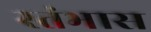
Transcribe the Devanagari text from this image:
स्तंभास